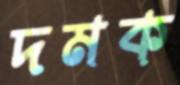
দমক